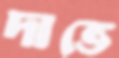
দাভে